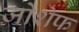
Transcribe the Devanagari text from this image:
जोशेफ